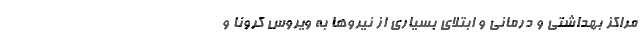
مراکز بهداشتی و درمانی و ابتلای بسیاری از نیروها به ویروس کرونا و